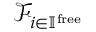
{ \mathcal { F } } _ { i \in \mathbb { I } ^ { \mathrm { f r e e } } }